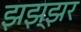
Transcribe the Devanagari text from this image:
झझ्झर